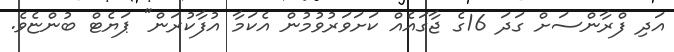
އަދި ފްރާންސަށް ގަދަ 16ގެ ޖާގައެއް ކަށަވަރުވުމުން އެކަމާ އުފާކުރަން" ޕަޔެޓް ބުންޏެވެ.